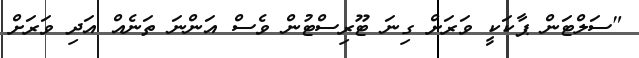
"ސަލްޓަން ޕާކަކީ ވަރަށް ގިނަ ޓޫރިސްޓުން ވެސް އަންނަ ތަނެއް އަދި ވަރަށް